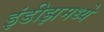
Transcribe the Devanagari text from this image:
इंडीझमध्ये